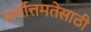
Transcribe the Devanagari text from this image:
सर्वोत्तमतेसाठी